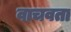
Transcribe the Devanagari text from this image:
वाचवता